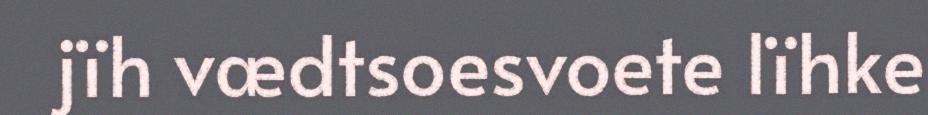
jïh vædtsoesvoete lïhke